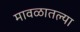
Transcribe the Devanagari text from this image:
मावळातल्या